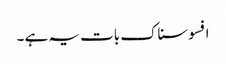
افسوسناک بات یہ ہے ۔